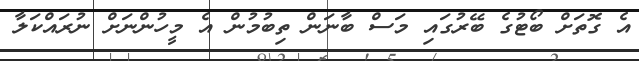
އެ ގޮތަށް ބޯޓުގެ ބޭރުގައި މަސް ބާނަން ތިބުމުން އެ މީހުންނަށް ނުރައްކަލާ